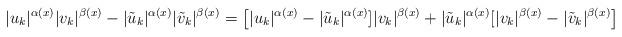
LaTeX: \begin{align*} |u_k|^{\alpha(x)}|v_k|^{\beta(x)}- |\tilde{u}_{k}|^{\alpha(x)}|\tilde{v}_{k}|^{\beta(x)}= \big[|u_k|^{\alpha(x)} - |\tilde{u}_{k}|^{\alpha(x)}]|v_k|^{\beta(x)}+ |\tilde{u}_{k}|^{\alpha(x)}[|v_k|^{\beta(x)}-|\tilde{v}_{k}|^{\beta(x)}\big] \end{align*}